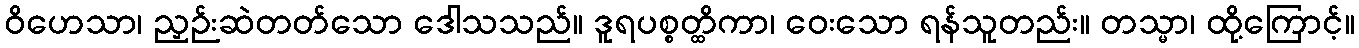
ဝိဟေသာ၊ ညှဉ်းဆဲတတ်သော ဒေါသသည်။ ဒူရပစ္စတ္ထိကာ၊ ဝေးသော ရန်သူတည်း။ တသ္မာ၊ ထို့ကြောင့်။